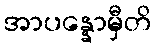
အာပန္နောမှီတိ